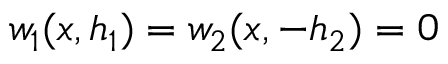
w _ { 1 } ( x , h _ { 1 } ) = w _ { 2 } ( x , - h _ { 2 } ) = 0